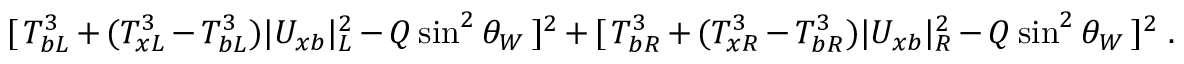
[ \, T _ { b L } ^ { 3 } + ( T _ { x L } ^ { 3 } - T _ { b L } ^ { 3 } ) | U _ { x b } | _ { L } ^ { 2 } - Q \sin ^ { 2 } \theta _ { W } \, ] ^ { 2 } + [ \, T _ { b R } ^ { 3 } + ( T _ { x R } ^ { 3 } - T _ { b R } ^ { 3 } ) | U _ { x b } | _ { R } ^ { 2 } - Q \sin ^ { 2 } \theta _ { W } \, ] ^ { 2 } \; .